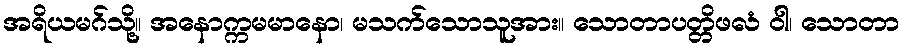
အရိယမဂ်သို့။ အနောက္ကမမာနော၊ မသက်သောသူအား။ သောတာပတ္တိဖလံ ဝါ၊ သောတာ